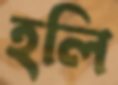
হলি